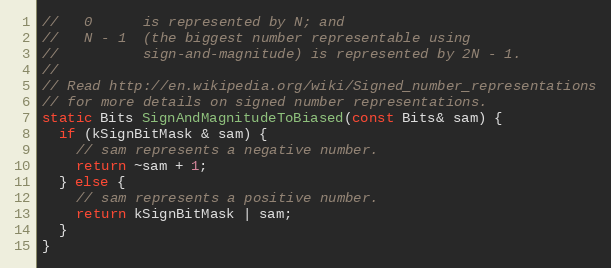
Language: C
//   0      is represented by N; and
//   N - 1  (the biggest number representable using
//          sign-and-magnitude) is represented by 2N - 1.
//
// Read http://en.wikipedia.org/wiki/Signed_number_representations
// for more details on signed number representations.
static Bits SignAndMagnitudeToBiased(const Bits& sam) {
  if (kSignBitMask & sam) {
    // sam represents a negative number.
    return ~sam + 1;
  } else {
    // sam represents a positive number.
    return kSignBitMask | sam;
  }
}